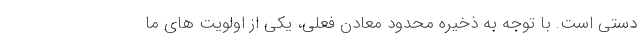
دستی است. با توجه به ذخیره محدود معادن فعلی، یکی از اولویت های ما